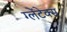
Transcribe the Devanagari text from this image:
ग्लेंटेक्स